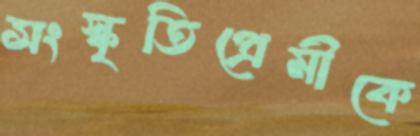
সংস্কৃতিপ্রেমীকে